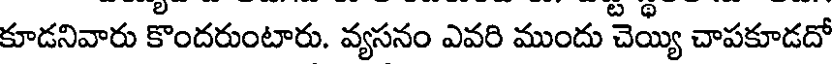
కూడనివారు కొందరుంటారు. వ్యసనం ఎవరి ముందు చెయ్యి చాపకూడదో